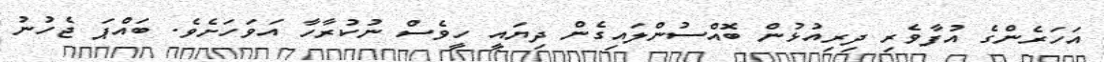
އަހަރެންގެ އުފާވެރި ދިރިއުޅުން ބޮއްސުންލައިގެން ދިޔައީ ހީވެސް ނުކުރާހާ އަވަހަށެވެ. ބައްޕަ ޖެހުނު